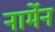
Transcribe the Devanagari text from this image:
नार्मेन